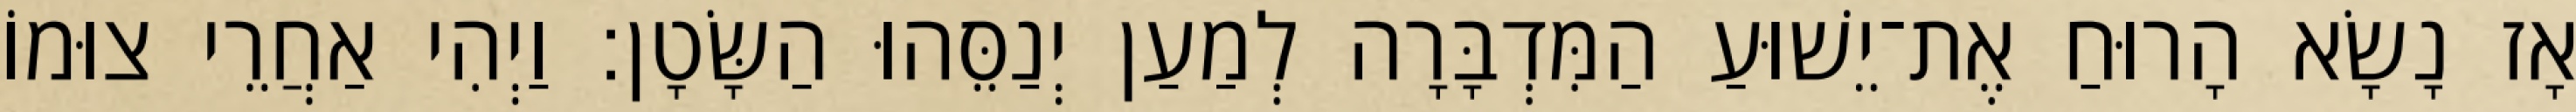
אָז נָשָׂא הָרוּחַ אֶת־יֵשׁוּעַ הַמִּדְבָּרָה לְמַעַן יְנַסֵּהוּ הַשָּׂטָן׃ וַיְהִי אַחֲרֵי צוּמוֹ